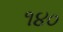
૧૪૦